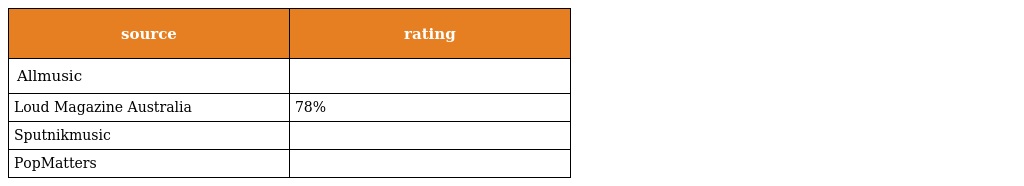
| source | rating |
 | --- | --- |
 | Allmusic |  |
 | Loud Magazine Australia | 78% |
 | Sputnikmusic |  |
 | PopMatters |  |